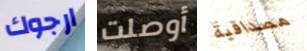
ارجوك أوصلت مصداقية